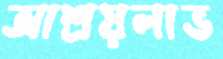
আশ্রয়লাভ